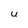
Character: U